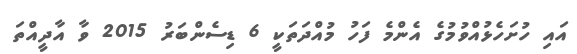
އައި ހުށަހެޅުއްވުމުގެ އެންމެ ފަހު މުއްދަތަކީ 6 ޑިސެންބަރު 2015 ވާ އާދީއްތަ